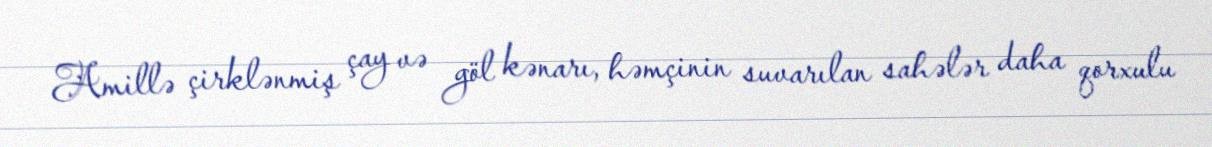
Amillə çirklənmiş çay və göl kənarı, həmçinin suvarılan sahələr daha qorxulu